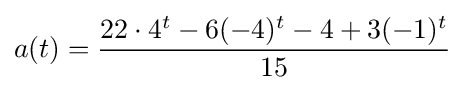
a(t)={\frac {22\cdot 4^{t}-6(-4)^{t}-4+3(-1)^{t}}{15}}